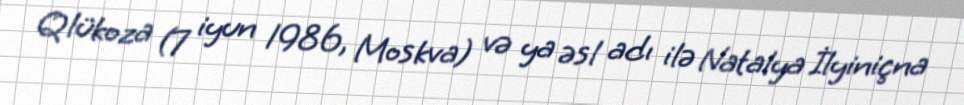
Qlükoza (7 iyun 1986, Moskva) və ya əsl adı ilə Natalya İlyiniçna